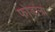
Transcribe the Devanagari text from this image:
फोडांना